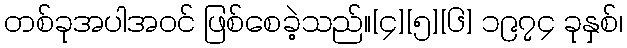
တစ်ခုအပါအဝင် ဖြစ်စေခဲ့သည်။[၄][၅][၆] ၁၉၇၄ ခုနှစ်၊